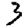
Digit: 3